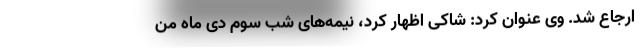
ارجاع شد. وی عنوان کرد: شاکی اظهار کرد، نیمه‌های شب سوم دی ماه من